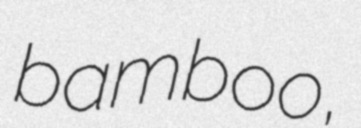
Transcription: bamboo,